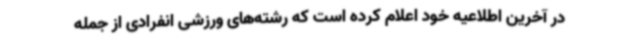
در آخرین اطلاعیه خود اعلام کرده است که رشته‌های ورزشی انفرادی از جمله